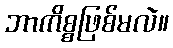
ဘာကိစ္စဖြစ်မလဲ။